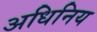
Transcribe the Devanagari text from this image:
अधिनिय